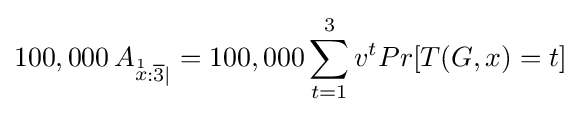
100,000\,A_{{\stackrel {1}{x}}:{{\overline {3}}|}}=100,000\sum _{t=1}^{3}v^{t}Pr[T(G,x)=t]